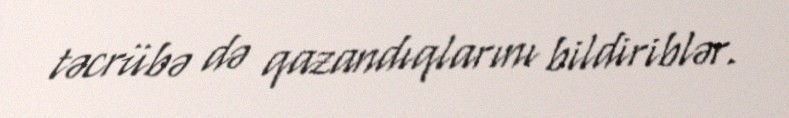
təcrübə də qazandıqlarını bildiriblər.